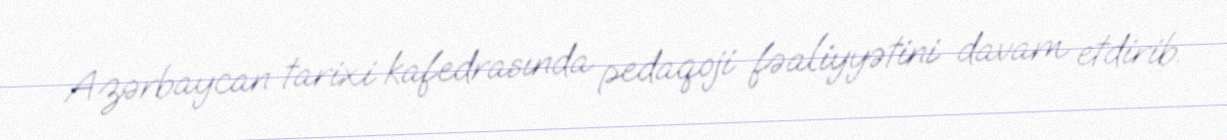
Azərbaycan tarixi kafedrasında pedaqoji fəaliyyətini davam etdirib.